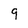
Character: 9